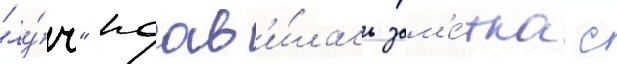
"лу́ч" поав'и́лась зам'е́тка с